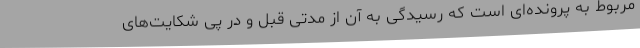
مربوط به پرونده‌ای است که رسیدگی به آن از مدتی قبل و در پی شکایت‌های